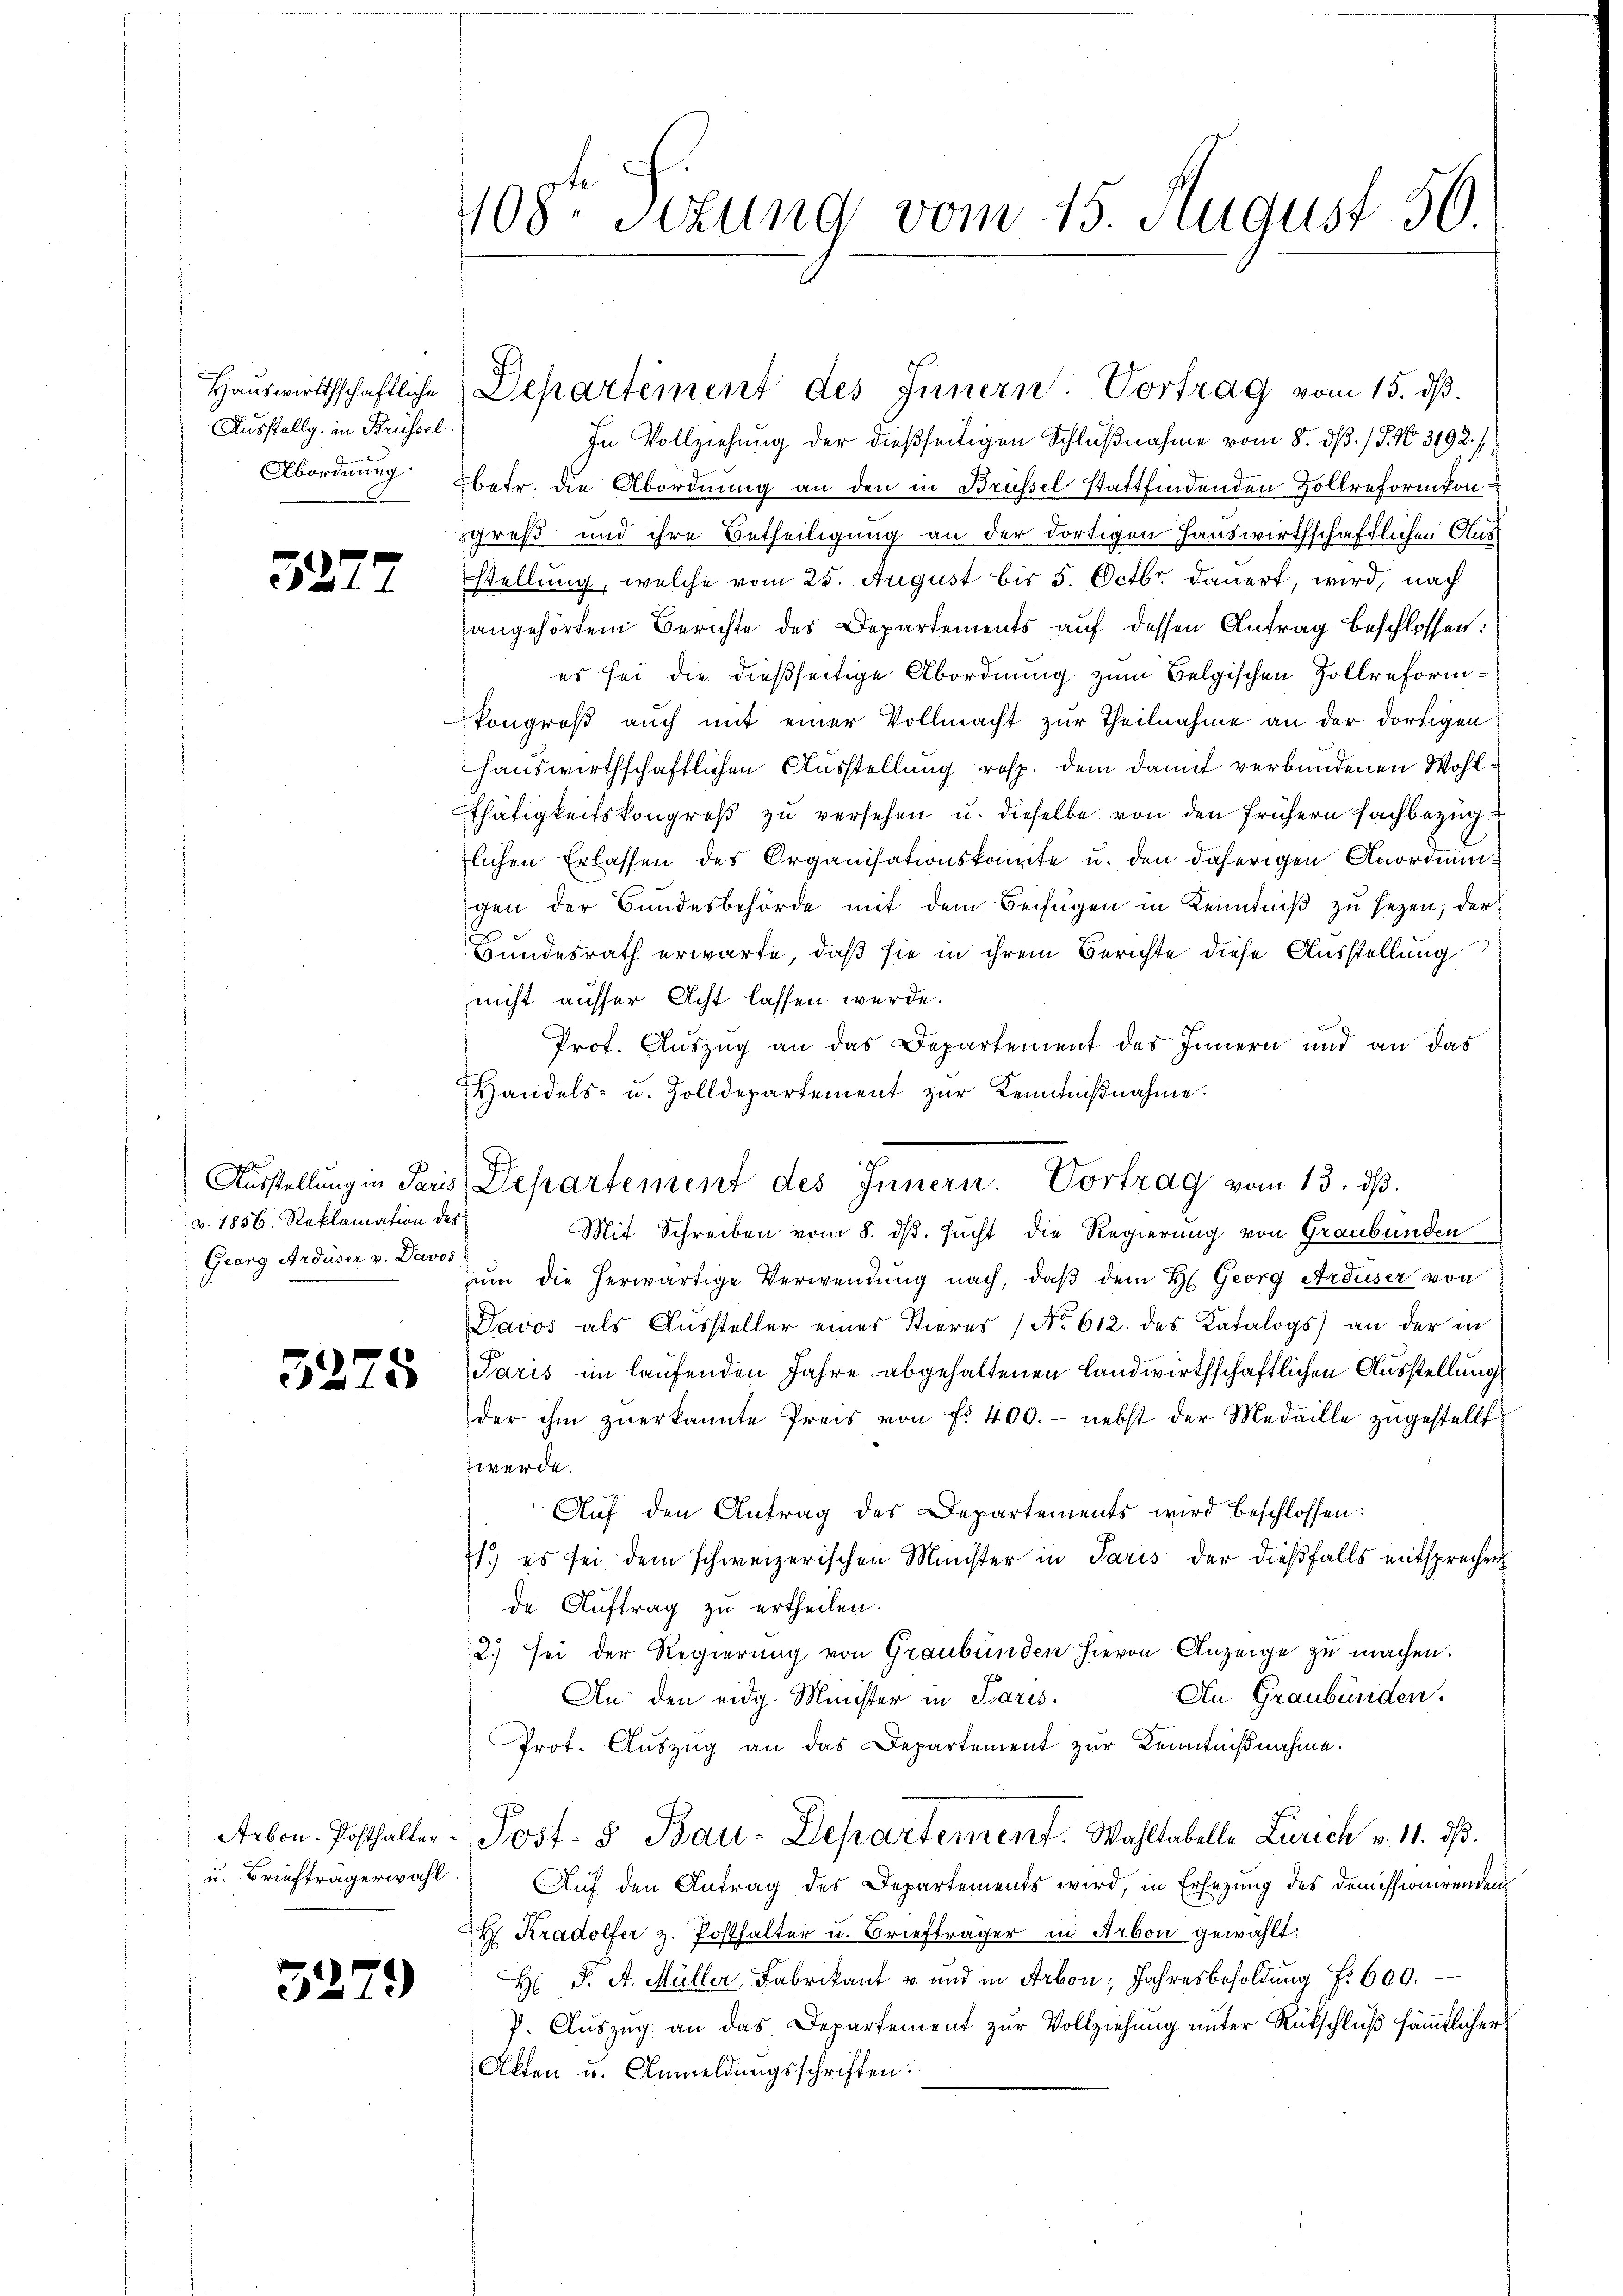
Ausstellg. in Brüssel
Abordnung.

52.

v. 1856. Reklamation des
Gearg Ardüser v. Davos

5275

u. Briefträgerwahl

3279

108. Sekung vom 15. August 56

In Vollziehung der dießseitigen Schlußnahme vom 8. dß. / 5. No. 3192./
betr. die Abordnung an den in Brüssel stattfindenden Zollreformkonzgruß und ihre Betheiligung an der dortigen Hauswirthschaftlichen Ausstellung, welche vom 25. August bis 5. Octbr. dauert, wird, nach
angehörtem Berichte des Departements auf dessen Antrag beschlossen:
es sei die dießseitige Abordnung zum Belgischen Zollreformkongreß auch mit einer Vollmacht zur Theilnahme an der dortigen
hauswirthschaftlichen Ausstellung resp. dem damit verbundenen Wohl¬
Thätigkeitskongreß zu versehen u. dieselbe von den frühern Fachbezug
lichen Erlassen des Organisationskomite u. den daherigen Anordnungen der Bundesbehörde mit dem Beifügen in Kenntniß zu sezen, der
Bundesrath erwarte, daß sie in ihrem Berichte diese Ausstellung
(nicht ausser Acht lassen werde.
Prof. Auszug an das Departement des Innern und an das
Handels- u. Zolldepartement zur Kenntnißnahme.
Mit Schreiben vom 8. ds. sucht die Regierung von Graubünden
ŭm die herwärtige Verwendung nach, daβ dem H. Georg Arduser von
Davos als Aussteller eines Stieres (No 612. des Katalogs an der in
Paris im laufenden Jahre abgehaltenen Landwirthschaftlichen Ausstellung
der ihm zŭerkannte Preis von fr. 400.- nebst der Medaille zŭgestellt
werde.
Auf den Antrag des Departements wird beschlossen:
1.) es sei dem schweizerischen Münster in Paris der dießfalls entsprechen
de Auftrag zu ertheilen.
2.) sei der Regierung von Graubünden hievon Anzeige zu machen.
An Graubünden.
An den eidg. Minister in Paris.
Prot. Auszug an das Departement zur Kenntnißnahme.
Arbon. Posthalter-Post- & Bau-Departement. Wahltabelle Zürich v. 11. dβ.
Auf den Antrag des Departements wird, in Ersezung des Demissionirenden
H. Kradolfer z. Posthalter u. Briefträger in Arbon gewählt.
H Dr A. Müller, Fabrikant u. und in Arbon, Jahresbesoldung f. 600.
P. Auszug an das Departement zur Vollziehung unter Rückschluß sämmtlicher
Alten u. Anmeldungsschriften.

Haŭswirthschaftliche Departement des Innern: Vortrag vom 15. ds.

Ausstellŭng in Paris Departement des Innern. Vortrag vom 13. dβ.